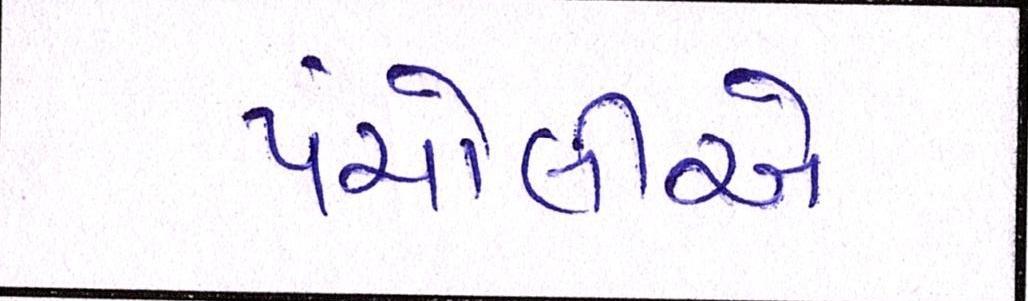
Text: પંચોલીએ